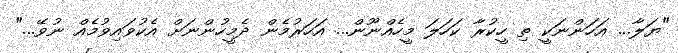
"ޔަލާ... އަހަންނަކީ ތި ހީކުރާ ކަހަލަ މީހެއްނޫން... އަހަރުމެން ދެމީހުންނަށް އެކުވައިވުމެއް ނުވޭ..."